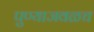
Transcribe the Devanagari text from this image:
पुण्याजवळच